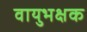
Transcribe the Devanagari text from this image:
वायुभक्षक